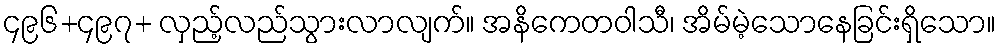
၄၉၆+၄၉၇+ လှည့်လည်သွားလာလျက်။ အနိကေတဝါသီ၊ အိမ်မဲ့သောနေခြင်းရှိသော။